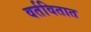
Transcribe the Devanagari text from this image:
वर्तवितात